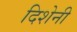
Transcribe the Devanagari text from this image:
दिशेनी